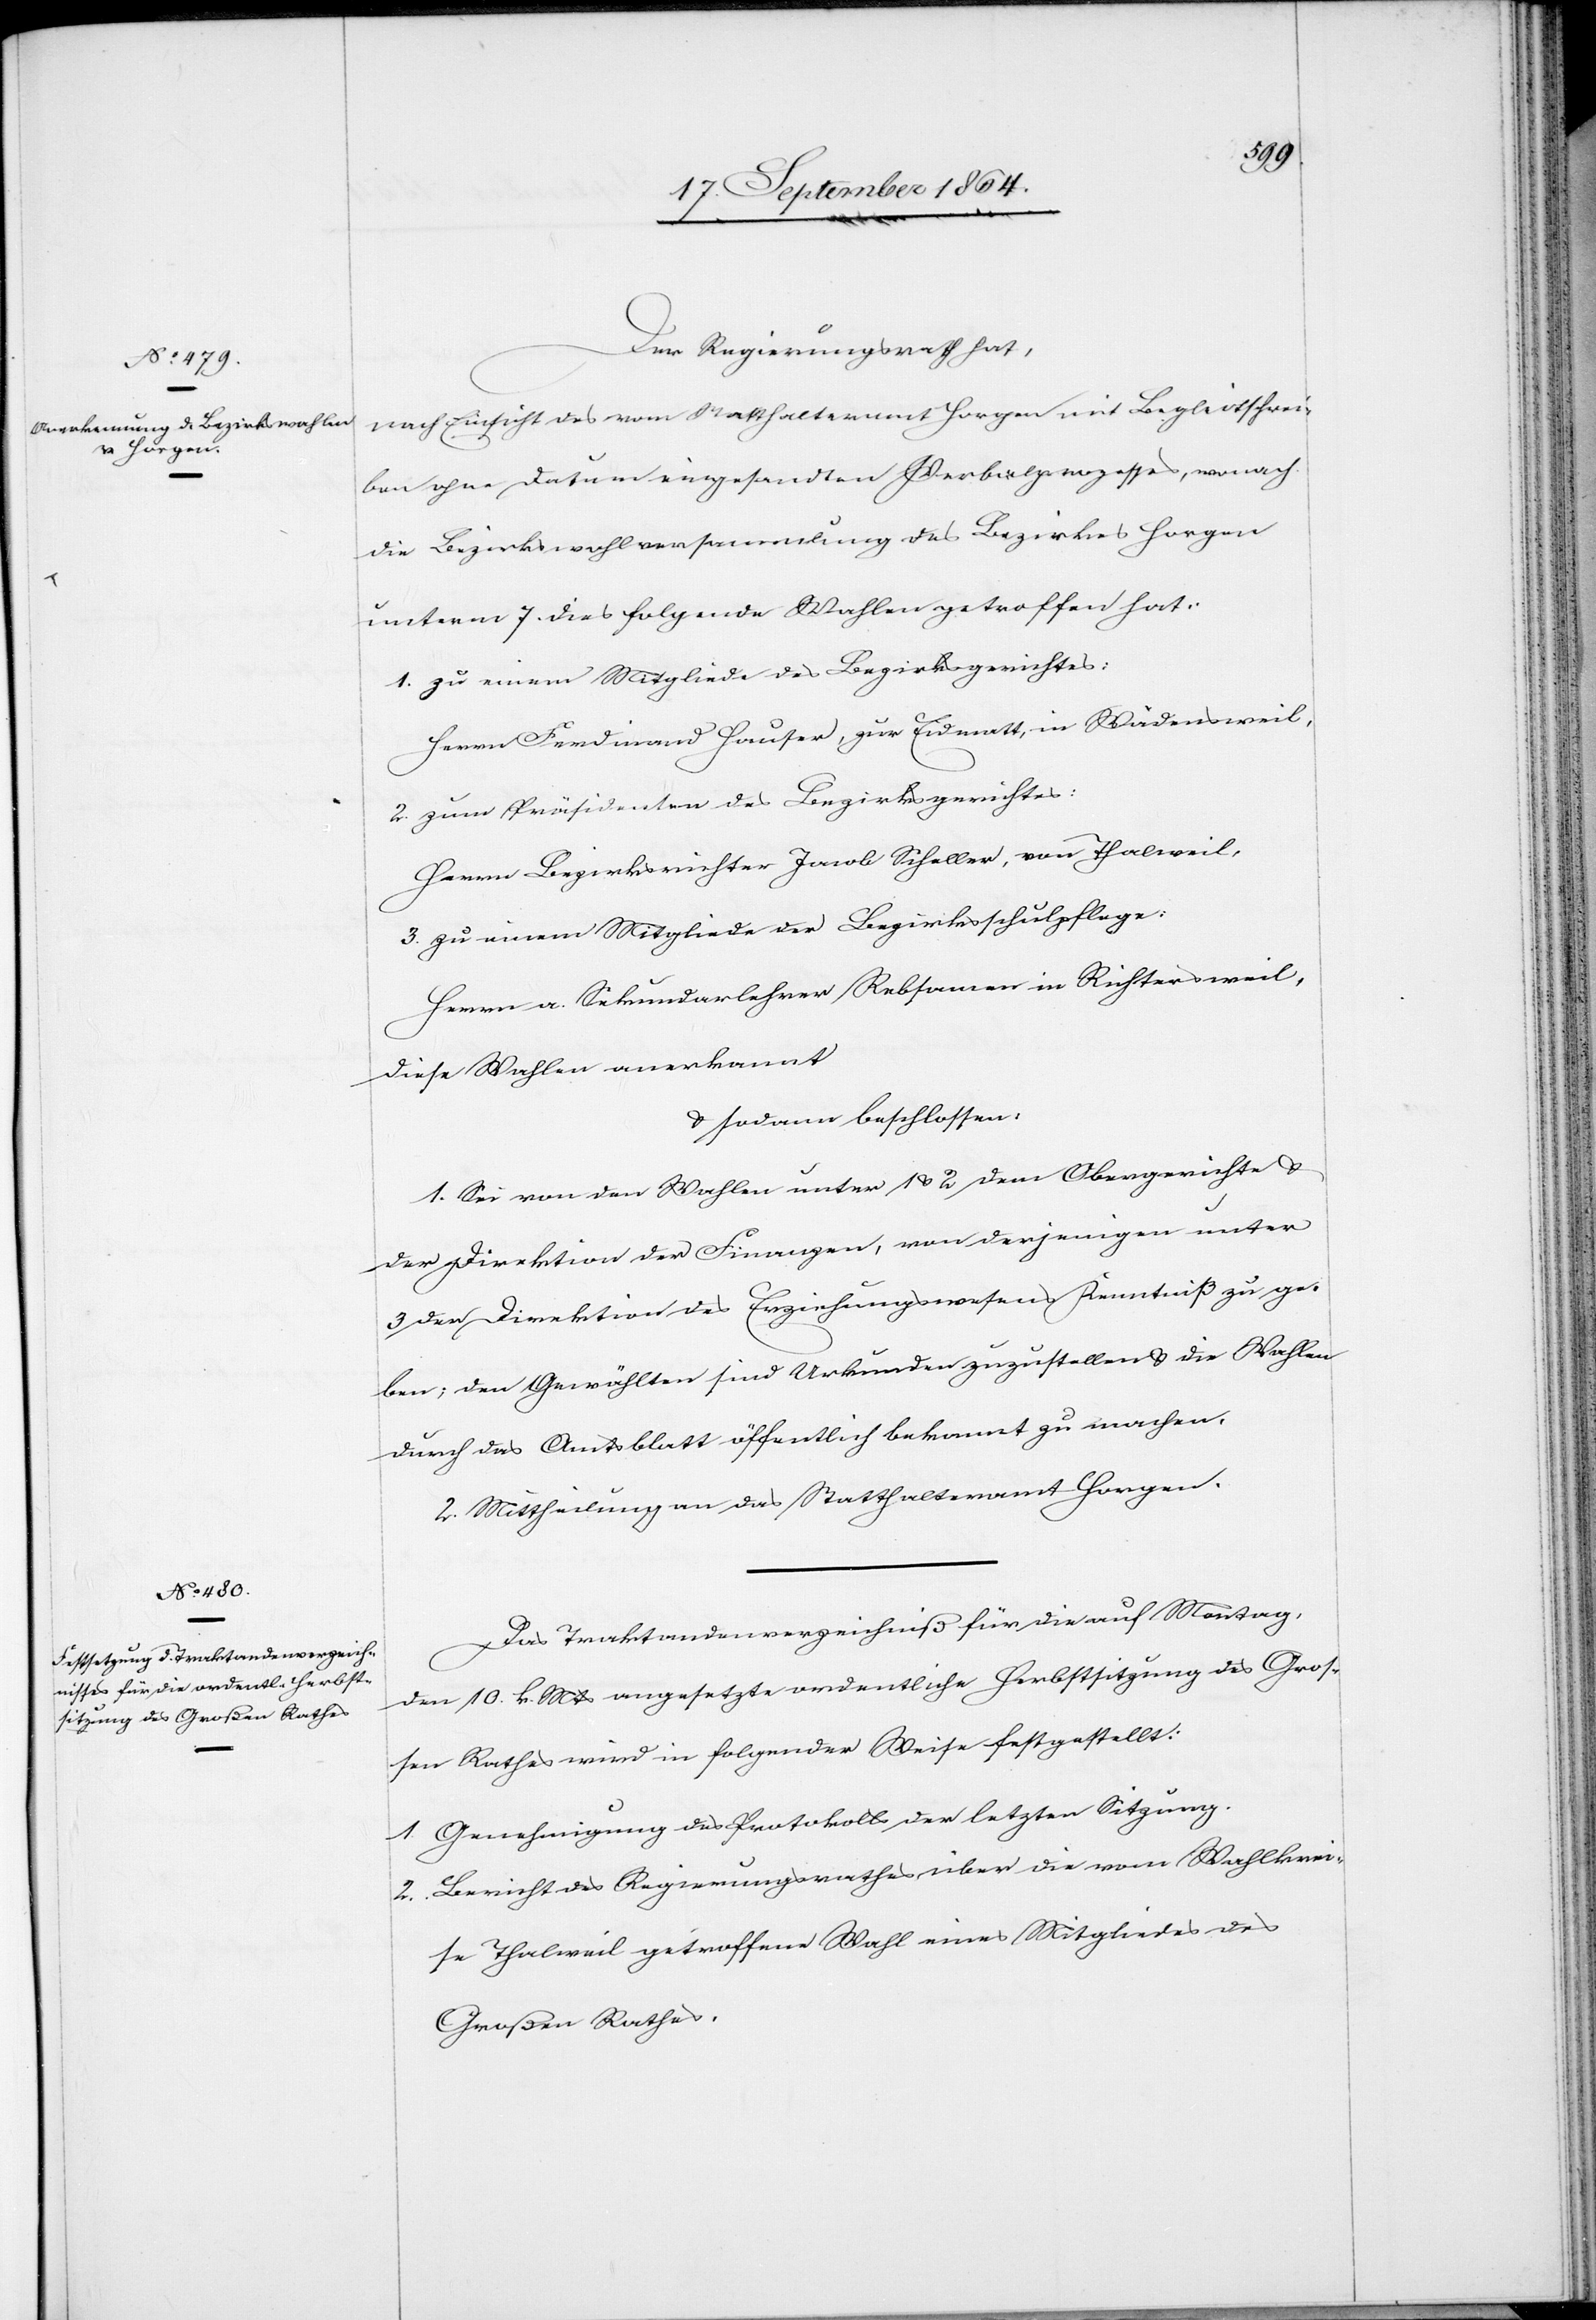
Der Regierungsrath hat,
nach Einsicht des vom Statthalteramt Horgen mit Begleitschrei¬
ben ohne Datum eingesandten Verbalprozesses, wonach
die Bezirkswahlversammlung des Bezirkes Horgen
unterm 7. dies folgende Wahlen getroffen hat:
1.	zu einem Mitgliede des Bezirksgerichtes:
Herrn Friedrich Hauser, zur Eidmatt, in Wädensweil,
2.	zum Präsidenten des Bezirksgerichtes:
Herr Bezirksrichter Jacob Scheller, von Thalweil,
3.	zu einem Mitgliede der Bezirksschulpflege:
Herrn a. Sekundarlehrer Rebsamen in Richtersweil,
diese Wahl anerkannt
& sodann beschlossen:
1. Sei von den Wahlen unter 1 & 2 dem Obergerichte &
der Direktion der Finanzen, von derjenigen unter
3 der Direktion des Erziehungswesens Kenntniß zu ge¬
ben; den Gewählten sind Urkunden zuzustellen & die Wahlen
durch das Amtsblatt öffentlich bekannt zu machen.
2. Mittheilung an das Statthalteramt Horgen.
Das Traktandenverzeichniß für die auf Montag,
den 10. k. Mts angesetzte ordentliche Herbstsitzung des Gros¬
sen Rathes wird in folgender Weise festgestellt:
1. 	Genehmigung des Protokolls der letzten Sitzung.
2.	Bericht des Regierungsrathes über die vom Wahlkrei¬
se Thalweil getroffene Wahl eines Mitgliedes des
Großen Rathes.